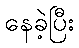
နေခဲ့ပြီး